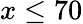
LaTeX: x\le 70